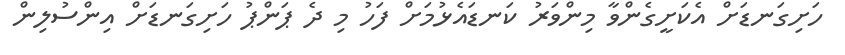
ހަށިގަނޑަށް އެކަށީގެންވާ މިންވަރު ކަނޑައެޅުމަށް ފަހު މި ދެ ޕަންޕު ހަށިގަނޑަށް އިންސުލިން